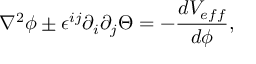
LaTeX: \nabla ^ { 2 } \phi \pm \epsilon ^ { i j } \partial _ { i } \partial _ { j } \Theta = - \frac { d V _ { e f f } } { d \phi } ,